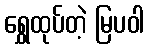
ရွှေထုပ်တဲ့ မြပဝါ